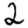
Digit: 2